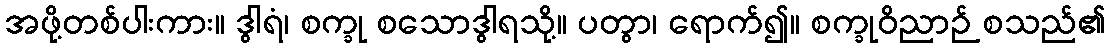
အဖို့တစ်ပါးကား။ ဒွါရံ၊ စက္ခု စသောဒွါရသို့။ ပတွာ၊ ရောက်၍။ စက္ခုဝိညာဉ် စသည်၏